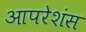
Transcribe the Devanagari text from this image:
आपरेशंस